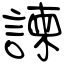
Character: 諫